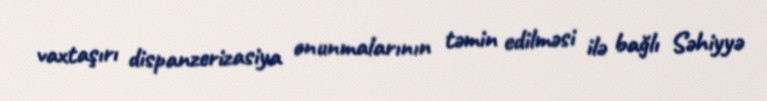
vaxtaşırı dispanzerizasiya onunmalarının təmin edilməsi ilə bağlı Səhiyyə